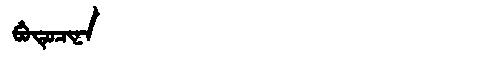
Manchu: ᠪᡠᡨᡠᠴᡳᠨᠠ
Romanization: BUTUCINA